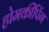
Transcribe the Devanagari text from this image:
होमकीपिंग